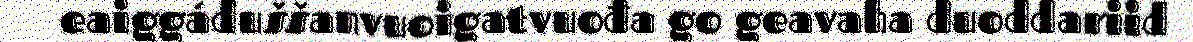
eaiggáduššanvuoigatvuođa go geavaha duoddariid